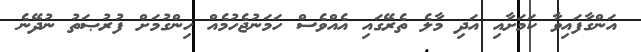
އަންގާފައިވާ ކަމަށާއި އަދި މާލެ ތެރޭގައި އެއްވެސް ހަމަނުޖެހުމެއް ހިންގުމަށް ފުރުޞަތު ނުދޭނެ